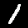
Label: 1